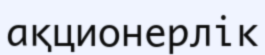
ақционерлік